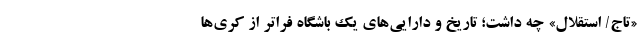
«تاج/ استقلال» چه داشت؛ تاریخ و دارایی‌های یک باشگاه فراتر از کُری‌ها